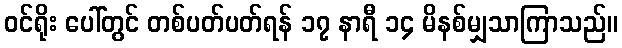
ဝင်ရိုး ပေါ်တွင် တစ်ပတ်ပတ်ရန် ၁၇ နာရီ ၁၄ မိနစ်မျှသာကြာသည်။